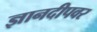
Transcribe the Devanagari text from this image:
ज्ञानदीपवर